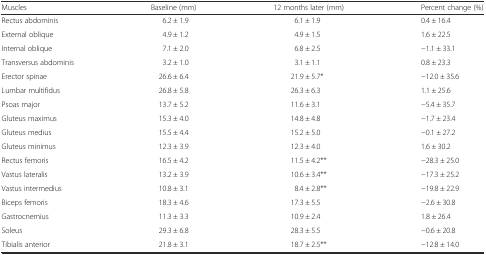
<table><thead><tr><td><b>Muscles</b></td><td><b>Baseline (mm)</b></td><td><b>12 months later (mm)</b></td><td><b>Percent change (%)</b></td></tr></thead><tbody><tr><td>Rectus abdominis</td><td>6.2 ± 1.9</td><td>6.1 ± 1.9</td><td>0.4 ± 16.4</td></tr><tr><td>External oblique</td><td>4.9 ± 1.2</td><td>4.9 ± 1.5</td><td>1.6 ± 22.5</td></tr><tr><td>Internal oblique</td><td>7.1 ± 2.0</td><td>6.8 ± 2.5</td><td>−1.1 ± 33.1</td></tr><tr><td>Transversus abdominis</td><td>3.2 ± 1.0</td><td>3.1 ± 1.1</td><td>0.8 ± 23.3</td></tr><tr><td>Erector spinae</td><td>26.6 ± 6.4</td><td>21.9 ± 5.7*</td><td>−12.0 ± 35.6</td></tr><tr><td>Lumbar multifidus</td><td>26.8 ± 5.8</td><td>26.3 ± 6.3</td><td>1.1 ± 25.6</td></tr><tr><td>Psoas major</td><td>13.7 ± 5.2</td><td>11.6 ± 3.1</td><td>−5.4 ± 35.7</td></tr><tr><td>Gluteus maximus</td><td>15.3 ± 4.0</td><td>14.8 ± 4.8</td><td>−1.7 ± 23.4</td></tr><tr><td>Gluteus medius</td><td>15.5 ± 4.4</td><td>15.2 ± 5.0</td><td>−0.1 ± 27.2</td></tr><tr><td>Gluteus minimus</td><td>12.3 ± 3.9</td><td>12.3 ± 4.0</td><td>1.6 ± 30.2</td></tr><tr><td>Rectus femoris</td><td>16.5 ± 4.2</td><td>11.5 ± 4.2**</td><td>−28.3 ± 25.0</td></tr><tr><td>Vastus lateralis</td><td>13.2 ± 3.9</td><td>10.6 ± 3.4**</td><td>−17.3 ± 25.2</td></tr><tr><td>Vastus intermedius</td><td>10.8 ± 3.1</td><td>8.4 ± 2.8**</td><td>−19.8 ± 22.9</td></tr><tr><td>Biceps femoris</td><td>18.3 ± 4.6</td><td>17.3 ± 5.5</td><td>−2.6 ± 30.8</td></tr><tr><td>Gastrocnemius</td><td>11.3 ± 3.3</td><td>10.9 ± 2.4</td><td>1.8 ± 26.4</td></tr><tr><td>Soleus</td><td>29.3 ± 6.8</td><td>28.3 ± 5.5</td><td>−0.6 ± 20.8</td></tr><tr><td>Tibialis anterior</td><td>21.8 ± 3.1</td><td>18.7 ± 2.5**</td><td>−12.8 ± 14.0</td></tr></tbody></table>